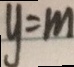
y = m